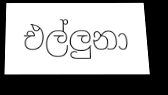
එල්ලුනා